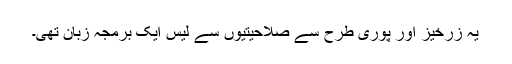
یہ زرخیز اور پوری طرح سے صلاحیتیوں سے لیس ایک برمجہ زبان تھی۔